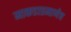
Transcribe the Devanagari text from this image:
माकडाप्रमाणेच